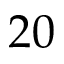
2 0